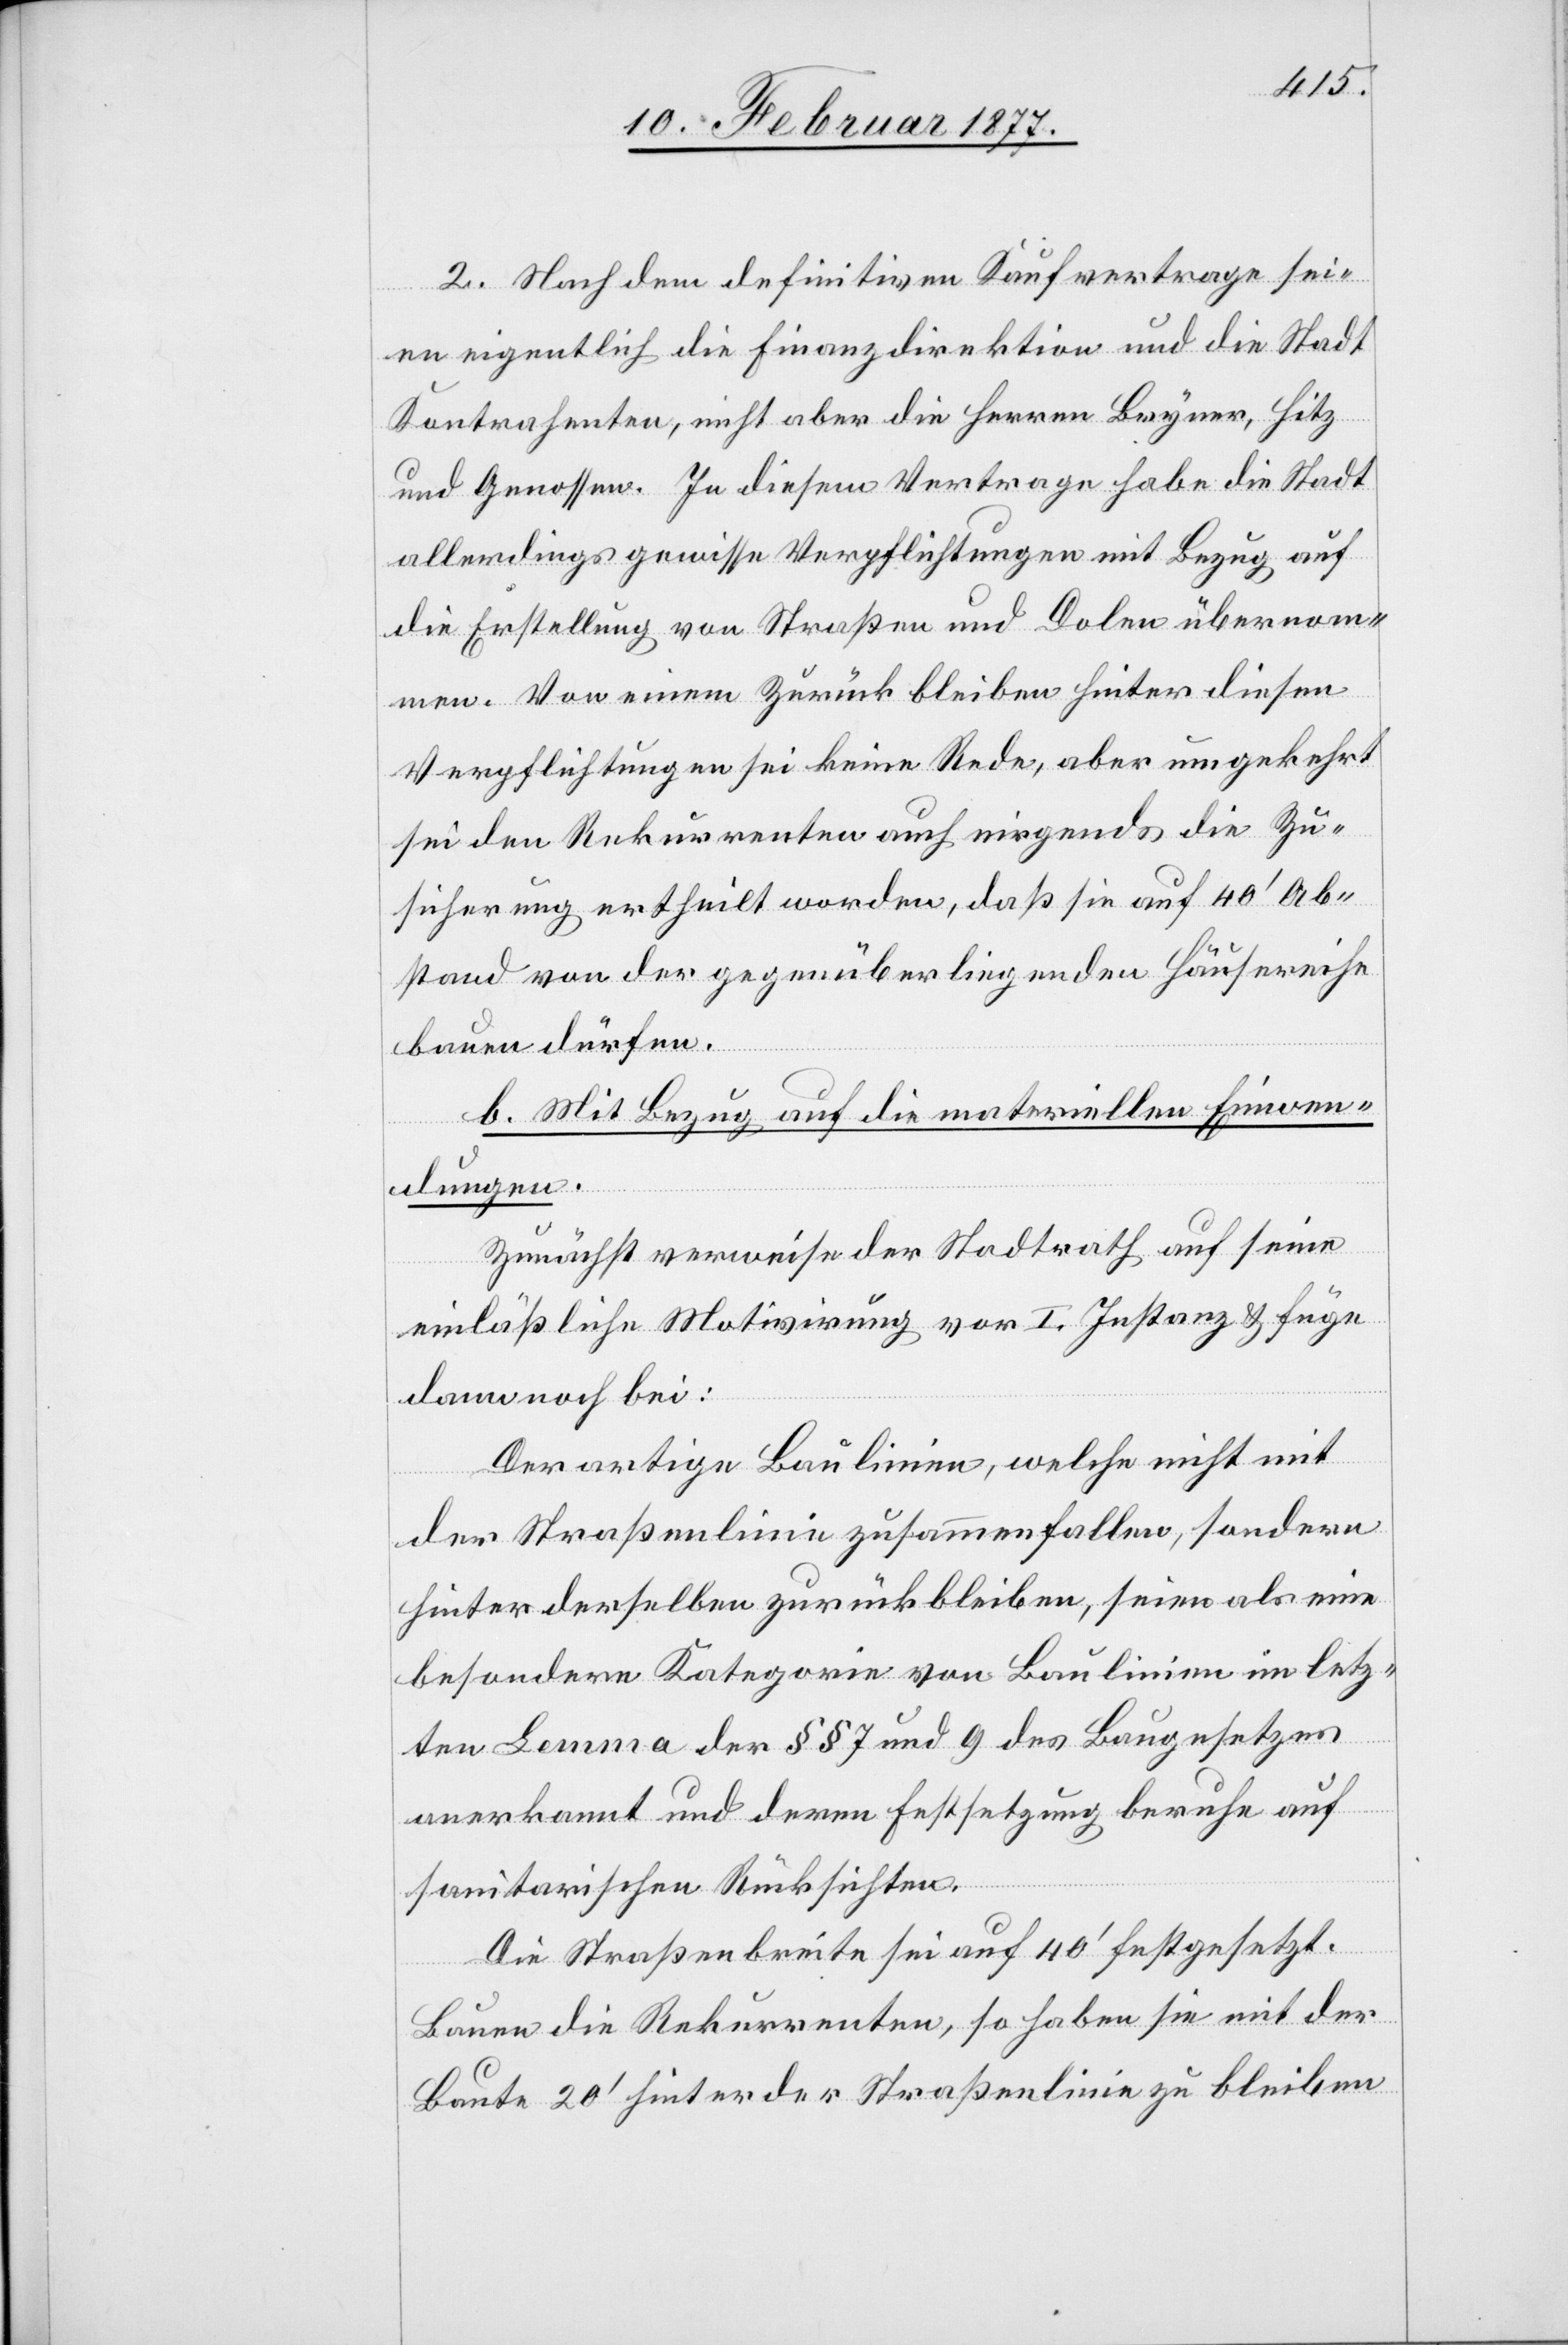
2. Nach dem definitiven Kaufvertrage sei¬
en eigentlich die Finanzdirektion und die Stadt
Kontrahenten, nicht aber die Herren Bryner, Hitz
und Genossen. In diesem Vertrage habe die Stadt
allerdings gewisse Verpflichtungen mit Bezug auf
die Erstellung von Straßen und Dolen übernom¬
men. Von einem Zurückbleiben hinter diesen
Verpflichtungen sei keine Rede, aber umgekehrt
sei den Rekurrenten auch nirgends die Zu¬
sicherung ertheilt worden, daß sie auf 40’ Ab¬
stand von der gegenüber liegenden Häuser[r]eihe
bauen dürfen.
b. Mit Bezug auf die materiellen Einwen¬
dungen.
Zunächst verweise der Stadtrath auf seine
einläßliche Motivirung vor I. Instanz & füge
dann noch bei:
Derartige Baulinien, welche nicht mit
der Straßenlinie zusammenfallen, sondern
hinter derselben zurückbleiben, seien als eine
besondere Kategorie von Baulinien im letz¬
ten Lemma der §§ 7 und 9 des Baugesetzes
anerkannt und deren Festsetzung beruhe auf
sanitarischen Rücksichten.
Die Straßenbreite sei auf 40’ festgesetzt.
Bauen die Rekurrenten, so haben sie mit der
Baute 20’ hinter der Straßenlinie zu bleiben